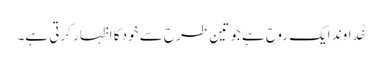
خُداوند ایک روح ہے جو تین طرح سے خود کا اِظہار کرتی ہے۔